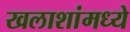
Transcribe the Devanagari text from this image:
खलाशांमध्ये